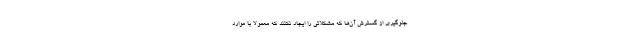
جلوگیری از گسترش آن‌ها که مشکلاتی را ایجاد نکنند که معمولاً با موارد